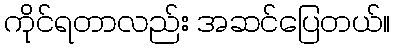
ကိုင်ရတာလည်း အဆင်ပြေတယ်။